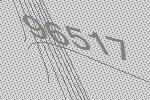
96517